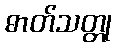
ဓာတ်သတ္တု